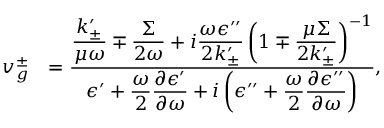
\begin{array} { r l } { v _ { g } ^ { \pm } } & { = \frac { \displaystyle \frac { k _ { \pm } ^ { \prime } } { \mu \omega } \mp \frac { \Sigma } { 2 \omega } + i \frac { \omega \epsilon ^ { \prime \prime } } { 2 k _ { \pm } ^ { \prime } } \left( 1 \mp \frac { \mu \Sigma } { 2 k _ { \pm } ^ { \prime } } \right) ^ { - 1 } } { \displaystyle \epsilon ^ { \prime } + \frac { \omega } { 2 } \frac { \partial \epsilon ^ { \prime } } { \partial \omega } + i \left( \epsilon ^ { \prime \prime } + \frac { \omega } { 2 } \frac { \partial \epsilon ^ { \prime \prime } } { \partial \omega } \right) } , } \end{array}